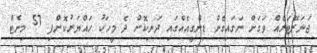
ޖަނަރޭޓަރެއް ވަގަށް ނަގައިގެން ޑިންގީއެއްގައި ދަނިކޮށް ދެ މީހަކު ހައްޔަރުކޮށްފި 57 މިނެޓް